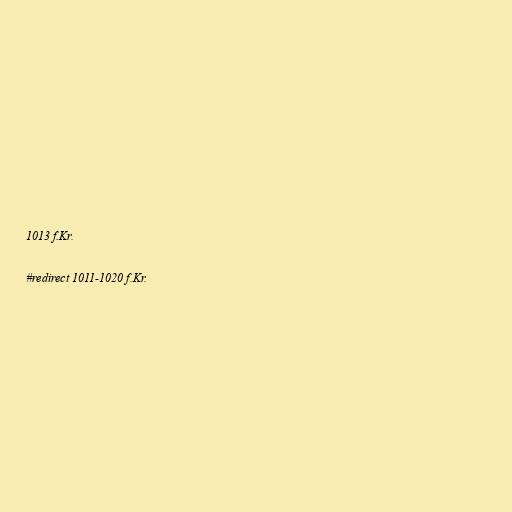
1013 f.Kr.

#redirect 1011-1020 f.Kr.